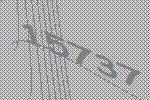
15737